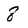
Character: 8